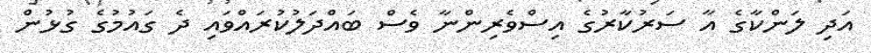
އަދި ލަންކާގެ އާ ސަރުކާރުގެ އިސްވެރިންނާ ވެސް ބައްދަލުކުރައްވައި ދެ ގައުމުގެ ގުޅުން